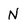
Character: N